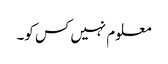
معلوم نہیں کس کو۔